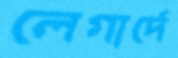
লেগার্দে